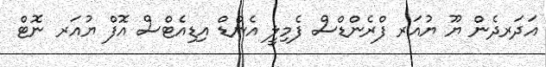
އަދަރދެން ޔޫ ޔުއަރ ފްރެންޑްސް ފެމިލީ އެންޑް އިޑިއެޓްސް އޮފް ޔުއަރ ނޮޓް